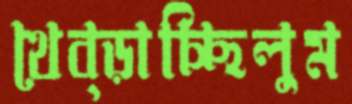
থেব্‌ড়াচ্ছিলুম